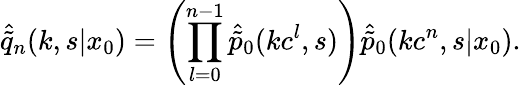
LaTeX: \hat{\tilde{q}}_{n}(k,s|x_{0})=\left(\prod_{l=0}^{n-1}\hat{\tilde{p}}_{0}(kc^{l},s)\right)\hat{\tilde{p}}_{0}(kc^{n},s|x_{0}).